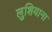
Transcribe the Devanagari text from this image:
लुशियाना